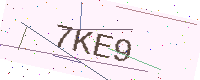
Text: 7KE9